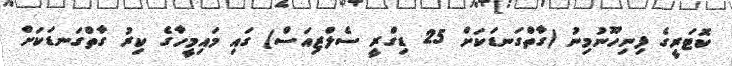
ކޮޓަރީގެ ފިނިހޫނުމިނު (ގާތްގަނޑަކަށް 25 ޑިގްރީ ސެލްޒިއަސް) ގައި މައިމީހާގެ ކިރު ގާތްގަނޑަކަށް